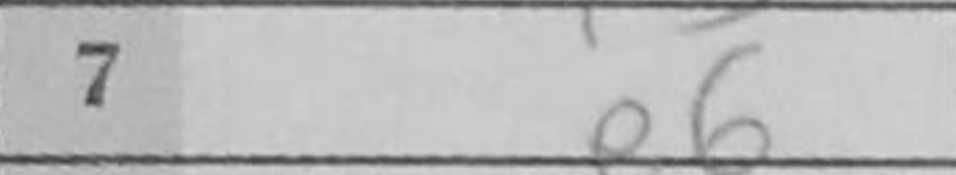
Transcription: e6